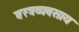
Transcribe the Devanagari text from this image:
वस्त्रव्यवसाय